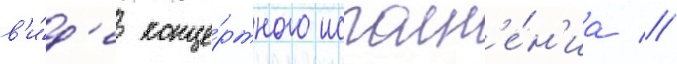
в'и́д'е конце́ртного исполн'е́н'иа //